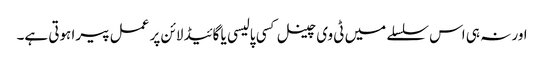
اور نہ ہی اس سلسلے میں ٹی وی چینل کسی پالیسی یا گائیڈ لائن پر عمل پیرا ہوتی ہے۔